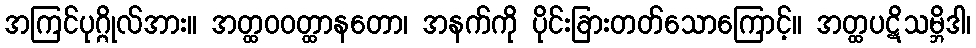
အကြင်ပုဂ္ဂိုလ်အား။ အတ္ထဝဝတ္ထာနတော၊ အနက်ကို ပိုင်းခြားတတ်သောကြောင့်။ အတ္ထပဋိသမ္ဘိဒါ၊